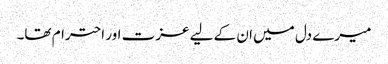
میرے دل میں ان کے لیے عزت اور احترام تھا۔